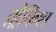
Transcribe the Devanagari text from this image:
फ़्रैकिश